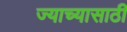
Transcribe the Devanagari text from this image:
ज्याच्यासाठी